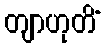
တျာဟုတိံ